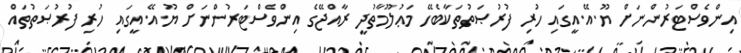
އިންވެސްޓަރުންނަށް ޔޫ.އޭ.އީގައި ހުރި ފުރުޞަތުތަކާބެހޭ މަޢުލޫމާތުދީ ރާއްޖޭގެ އިންވެސްޓަރުންނަށް ޔޫ.އޭ.އީގައި ހުރި ފުރުޞަތުތައް